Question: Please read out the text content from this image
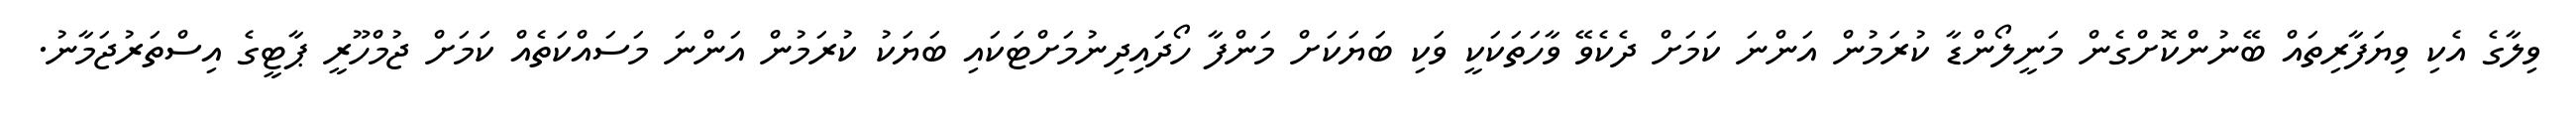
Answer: ވިލާގެ އެކި ވިޔަފާރިތައް ބޭނުންކޮށްގެން މަނީލޯންޑާ ކުރަމުން އަންނަ ކަމަށް ދެކެވޭ ވާހަތަކަކީ ވަކި ބަޔަކަށް މަންފާ ހޯދައިދިނުމަށްޓަކައި ބަޔަކު ކުރަމުން އަންނަ މަސައްކަތެއް ކަމަށް ޖުމްހޫރީ ޕާޓީގެ އިސްތަރުޖަމާނު.